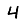
Digit: 4